Plague in India, 1896, 1897 - Volume 2
Year: 1896
Disease focus: Plague
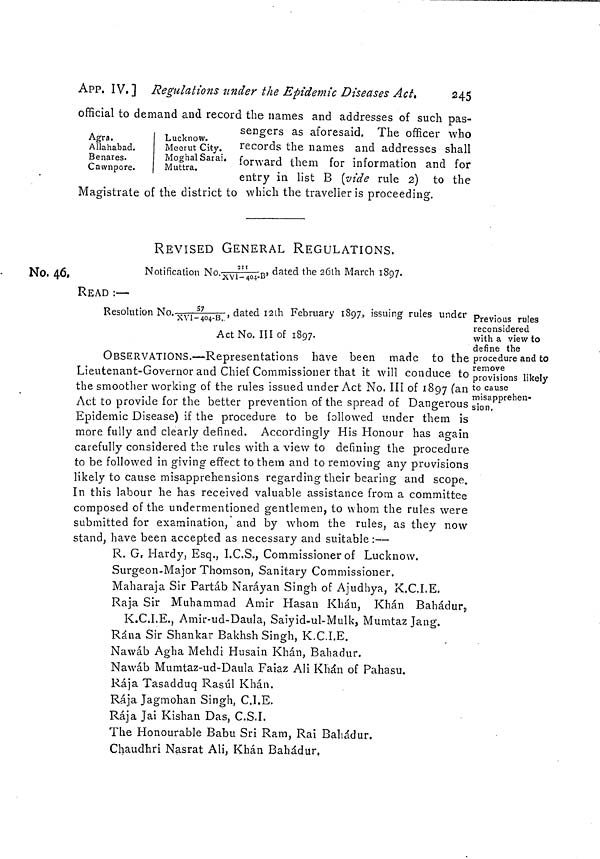
245
APP, IV.] Regulations under the Epidemic Diseases Act»
official to demand and record the names and addresses of such pas-
Agra.
Allahabad.
Benares.
Cawnpore.
Lucknow.
Meerut City.
Moghal Sarai,
Muttra.
sengers as aforesaid. The officer who
records the names and addresses shall
forward them for information and for
entry in list B (vide rule 2) to the
Magistrate of the district to which the traveller is proceeding.
REVISED GENERAL REGULATIONS.
No. 46.
Notification No.211/XVI-404-B dated the 26th March 1897.
READ :—
Resolution No.-w, 57/XVI-404-B, dated 12th February 1897, issuing rules under
Act No. III of 1897.
Previous rules
reconsidered
with a view to
define the
procedure and to
remove
provisions likely
to cause
misapprehen-
sion.
OBSERVATIONS.—Representations have been made to the
Lieutenant-Governor and Chief Commissioner that it will conduce to
the smoother working of the rules issued under Act No. III of 1897 (an
Act to provide for the better prevention of the spread of Dangerous
Epidemic Disease) if the procedure to be followed under them is
more fully and clearly defined. Accordingly His Honour has again
carefully considered the rules with a view to defining the procedure
to be followed in giving effect to them and to removing any provisions
likely to cause misapprehensions regarding their bearing and scope.
In this labour he has received valuable assistance from a committee
composed of the undermentioned gentlemen, to whom the rules were
submitted for examination, and by whom the rules, as they now
stand, have been accepted as necessary and suitable :—
R. G, Hardy, Esq., I.C.S., Commissioner of Lucknow.
Surgeon-Major Thomson, Sanitary Commissioner.
Maharaja Sir Partáb Naráyan Singh of Ajudhya, K.C.I.E.
Raja Sir Muhammad Amir Hasan Khan, Khan Bahadur,
K.C.I.E., Amir-ud-Daula, Saiyid-ul-Mulk, Mumtaz Jang.
Rána Sir Shankar Bakhsh Singh, K.C.I.E.
Nawáb Agha Mehdi Husain Khán, Bahadur.
Nawáb Mumtaz-ud-Daula Faiaz AH Khán of Pahasu.
Rája Tasadduq Rasúl Khan.
Rája Jagmohan Singh, C.I.E.
Rája Jai Kishan Das, C.S.I.
The Honourable Babu Sri Ram, Rai Bahadur.
Chaudhri Nasrat Ali, Khán Bahadur.